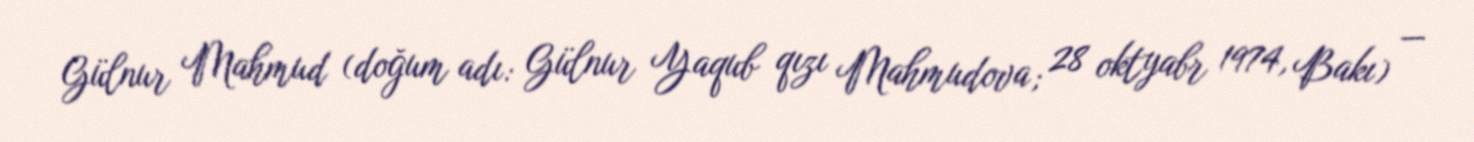
Gülnur Mahmud (doğum adı: Gülnur Yaqub qızı Mahmudova; 28 oktyabr 1974, Bakı) —